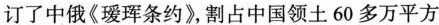
订了中俄《瑷珲条约》，割占中国领土60多万平方